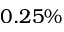
0 . 2 5 \%